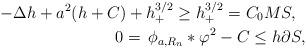
LaTeX: \begin{align*}- \Delta h + a^{2}(h + C) + h^{3/2}_{+} \geq h^{3/2}_{+} = C_{0}M & S, \\0 = \, \phi_{a,R_{n}} * \varphi^{2} - C \leq h & \partial S,\end{align*}